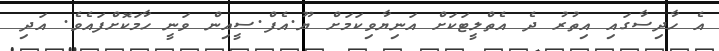
އެ ހާދިސާގައި އިތުރު ދެ އެތްލީޓަކަށް އަނިޔާވިކަމަށް ޔޫ.އެފް.ސީއިން ވަނީ ހާމަކޮށްފައެވެ. އަދި